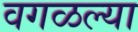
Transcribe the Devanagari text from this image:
वगळल्या